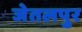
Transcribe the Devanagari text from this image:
जेतलपुर